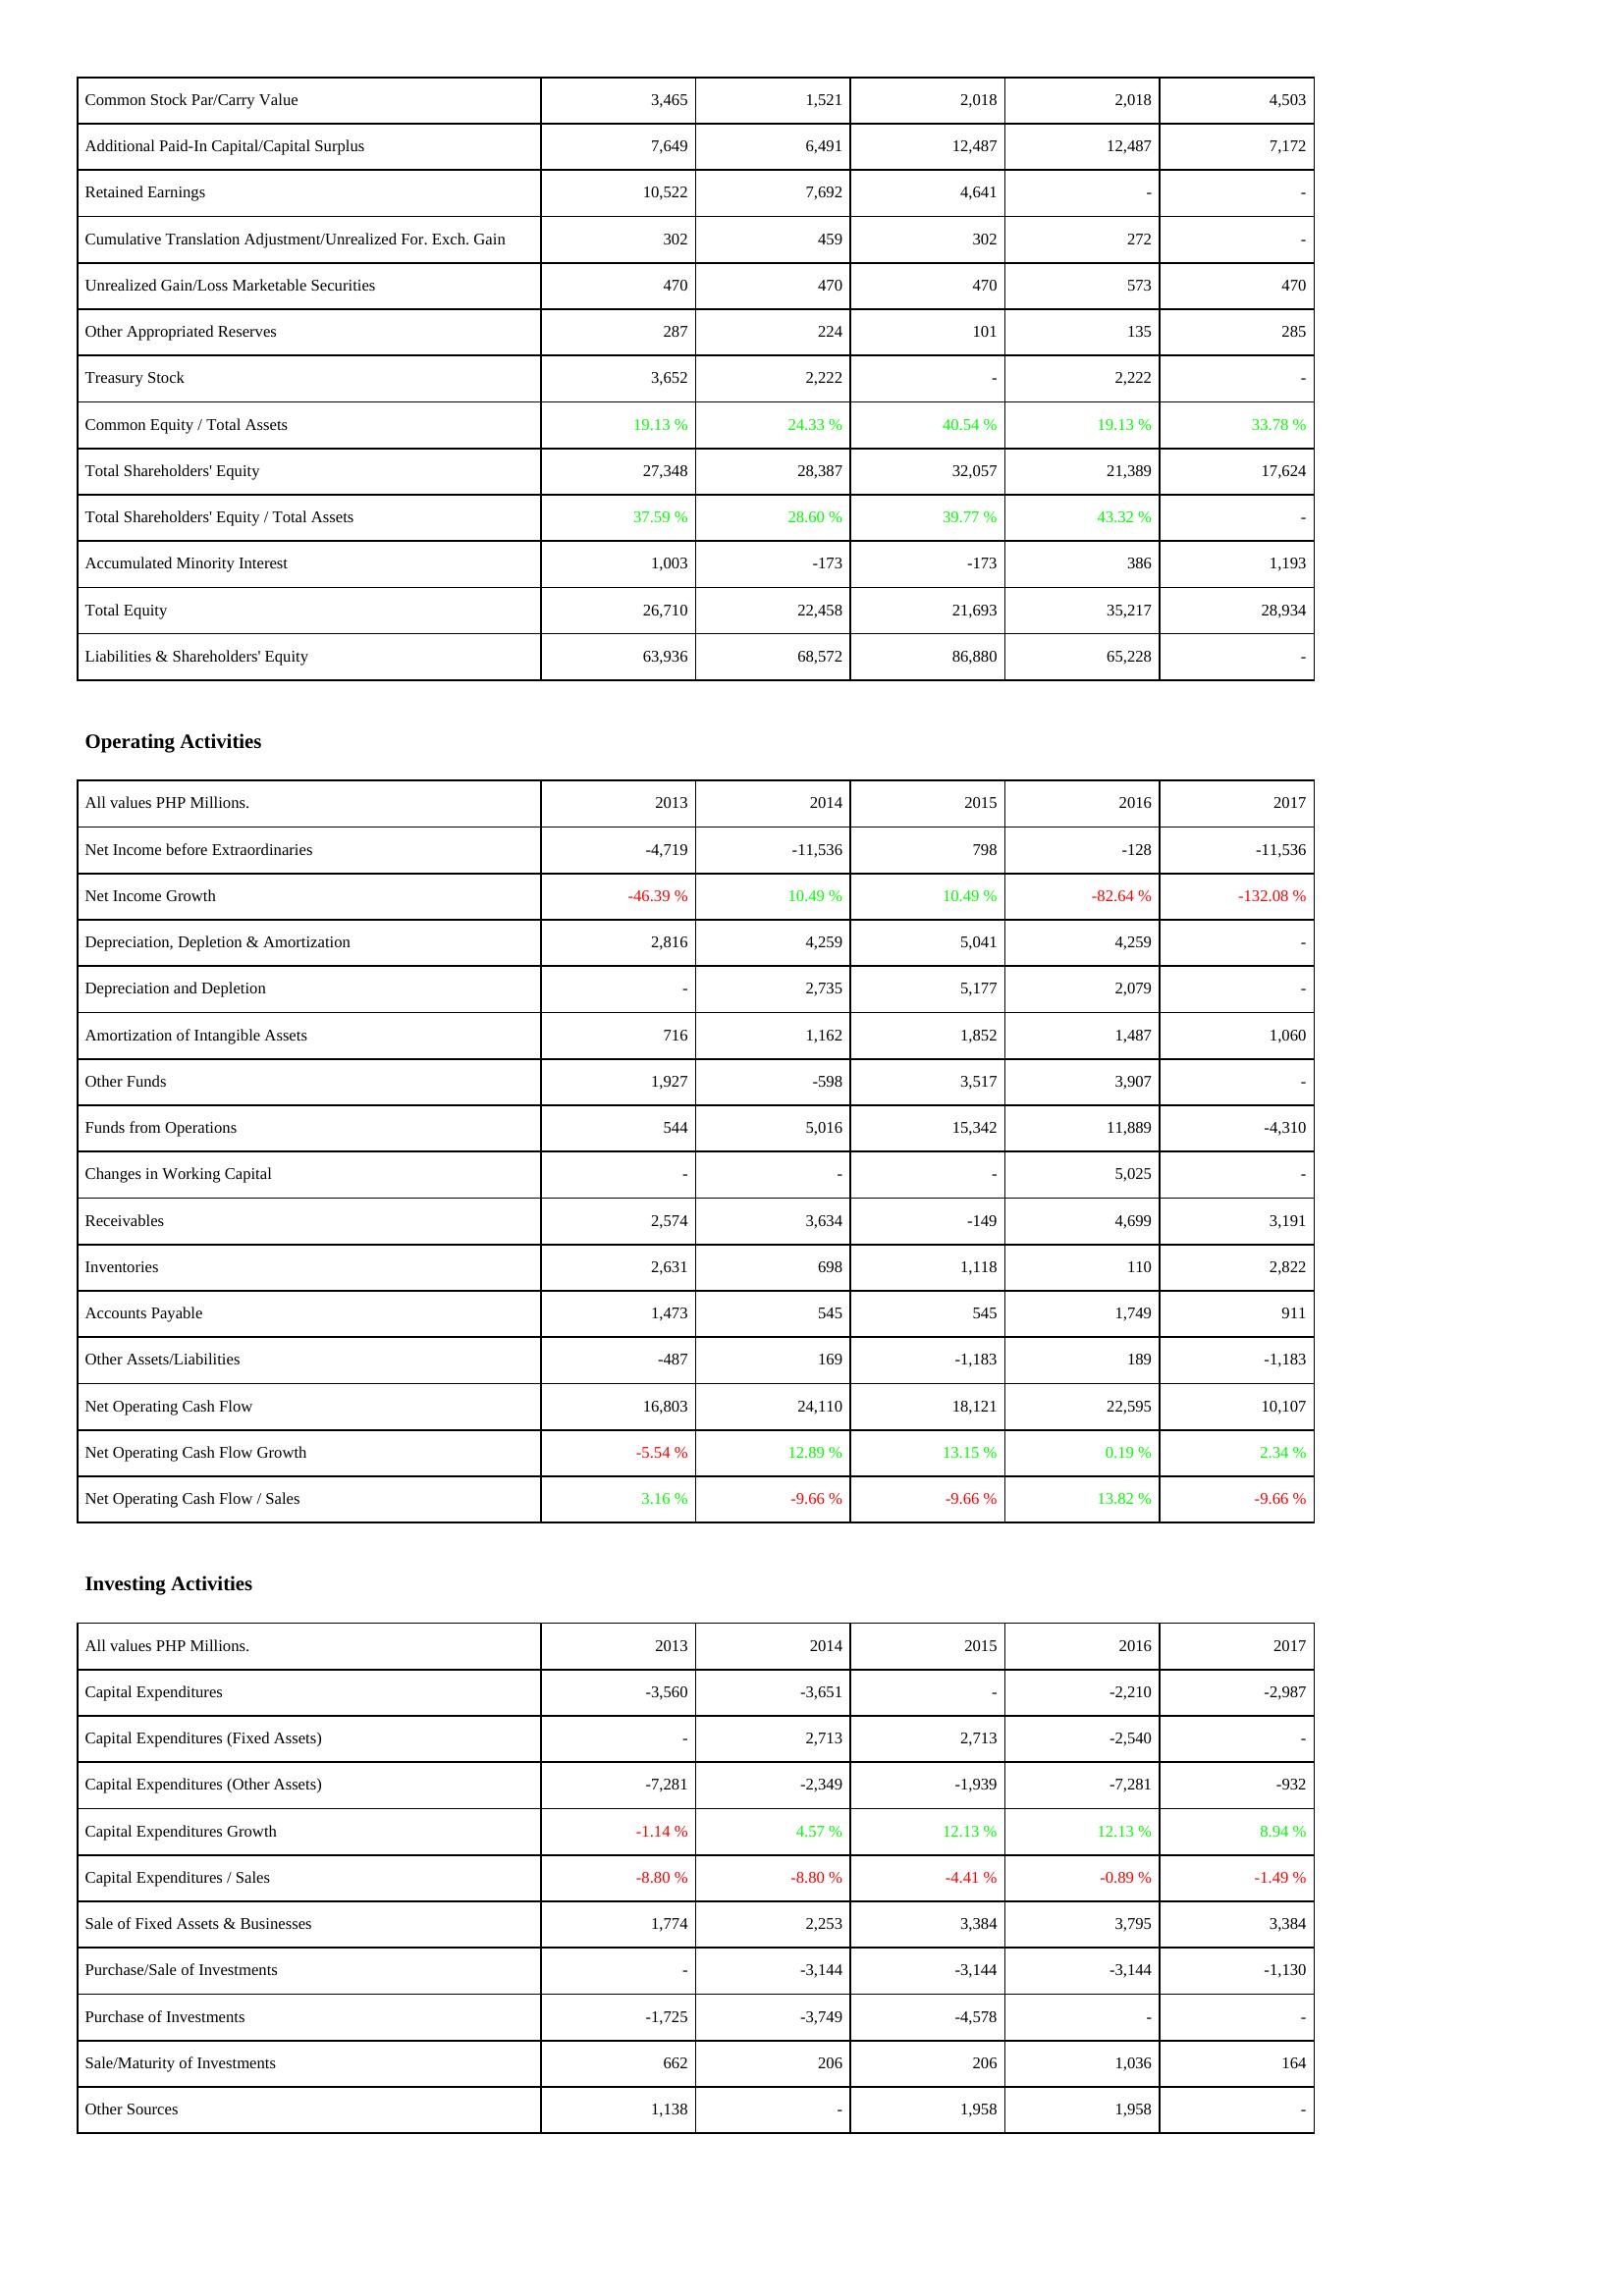
2013: Liabilities & Shareholders' Equity: Common Stock Par/Carry Value: 3,465
Additional Paid-In Capital/Capital Surplus: 7,649
Retained Earnings: 10,522
Cumulative Translation Adjustment/Unrealized For. Exch. Gain: 302
Unrealized Gain/Loss Marketable Securities: 470
Other Appropriated Reserves: 287
Treasury Stock: 3,652
Common Equity / Total Assets: 19.13 %
Total Shareholders' Equity: 27,348
Total Shareholders' Equity / Total Assets: 37.59 %
Accumulated Minority Interest: 1,003
Total Equity: 26,710
Liabilities & Shareholders' Equity: 63,936
Operating Activities: Net Income before Extraordinaries: -4,719
Net Income Growth: -46.39 %
Depreciation, Depletion & Amortization: 2,816
Depreciation and Depletion: -
Amortization of Intangible Assets: 716
Other Funds: 1,927
Funds from Operations: 544
Changes in Working Capital: -
Receivables: 2,574
Inventories: 2,631
Accounts Payable: 1,473
Other Assets/Liabilities: -487
Net Operating Cash Flow: 16,803
Net Operating Cash Flow Growth: -5.54 %
Net Operating Cash Flow / Sales: 3.16 %
Investing Activities: Capital Expenditures: -3,560
Capital Expenditures (Fixed Assets): -
Capital Expenditures (Other Assets): -7,281
Capital Expenditures Growth: -1.14 %
Capital Expenditures / Sales: -8.80 %
Sale of Fixed Assets & Businesses: 1,774
Purchase/Sale of Investments: -
Purchase of Investments: -1,725
Sale/Maturity of Investments: 662
Other Sources: 1,138
2014: Liabilities & Shareholders' Equity: Common Stock Par/Carry Value: 1,521
Additional Paid-In Capital/Capital Surplus: 6,491
Retained Earnings: 7,692
Cumulative Translation Adjustment/Unrealized For. Exch. Gain: 459
Unrealized Gain/Loss Marketable Securities: 470
Other Appropriated Reserves: 224
Treasury Stock: 2,222
Common Equity / Total Assets: 24.33 %
Total Shareholders' Equity: 28,387
Total Shareholders' Equity / Total Assets: 28.60 %
Accumulated Minority Interest: -173
Total Equity: 22,458
Liabilities & Shareholders' Equity: 68,572
Operating Activities: Net Income before Extraordinaries: -11,536
Net Income Growth: 10.49 %
Depreciation, Depletion & Amortization: 4,259
Depreciation and Depletion: 2,735
Amortization of Intangible Assets: 1,162
Other Funds: -598
Funds from Operations: 5,016
Changes in Working Capital: -
Receivables: 3,634
Inventories: 698
Accounts Payable: 545
Other Assets/Liabilities: 169
Net Operating Cash Flow: 24,110
Net Operating Cash Flow Growth: 12.89 %
Net Operating Cash Flow / Sales: -9.66 %
Investing Activities: Capital Expenditures: -3,651
Capital Expenditures (Fixed Assets): 2,713
Capital Expenditures (Other Assets): -2,349
Capital Expenditures Growth: 4.57 %
Capital Expenditures / Sales: -8.80 %
Sale of Fixed Assets & Businesses: 2,253
Purchase/Sale of Investments: -3,144
Purchase of Investments: -3,749
Sale/Maturity of Investments: 206
Other Sources: -
2015: Liabilities & Shareholders' Equity: Common Stock Par/Carry Value: 2,018
Additional Paid-In Capital/Capital Surplus: 12,487
Retained Earnings: 4,641
Cumulative Translation Adjustment/Unrealized For. Exch. Gain: 302
Unrealized Gain/Loss Marketable Securities: 470
Other Appropriated Reserves: 101
Treasury Stock: -
Common Equity / Total Assets: 40.54 %
Total Shareholders' Equity: 32,057
Total Shareholders' Equity / Total Assets: 39.77 %
Accumulated Minority Interest: -173
Total Equity: 21,693
Liabilities & Shareholders' Equity: 86,880
Operating Activities: Net Income before Extraordinaries: 798
Net Income Growth: 10.49 %
Depreciation, Depletion & Amortization: 5,041
Depreciation and Depletion: 5,177
Amortization of Intangible Assets: 1,852
Other Funds: 3,517
Funds from Operations: 15,342
Changes in Working Capital: -
Receivables: -149
Inventories: 1,118
Accounts Payable: 545
Other Assets/Liabilities: -1,183
Net Operating Cash Flow: 18,121
Net Operating Cash Flow Growth: 13.15 %
Net Operating Cash Flow / Sales: -9.66 %
Investing Activities: Capital Expenditures: -
Capital Expenditures (Fixed Assets): 2,713
Capital Expenditures (Other Assets): -1,939
Capital Expenditures Growth: 12.13 %
Capital Expenditures / Sales: -4.41 %
Sale of Fixed Assets & Businesses: 3,384
Purchase/Sale of Investments: -3,144
Purchase of Investments: -4,578
Sale/Maturity of Investments: 206
Other Sources: 1,958
2016: Liabilities & Shareholders' Equity: Common Stock Par/Carry Value: 2,018
Additional Paid-In Capital/Capital Surplus: 12,487
Retained Earnings: -
Cumulative Translation Adjustment/Unrealized For. Exch. Gain: 272
Unrealized Gain/Loss Marketable Securities: 573
Other Appropriated Reserves: 135
Treasury Stock: 2,222
Common Equity / Total Assets: 19.13 %
Total Shareholders' Equity: 21,389
Total Shareholders' Equity / Total Assets: 43.32 %
Accumulated Minority Interest: 386
Total Equity: 35,217
Liabilities & Shareholders' Equity: 65,228
Operating Activities: Net Income before Extraordinaries: -128
Net Income Growth: -82.64 %
Depreciation, Depletion & Amortization: 4,259
Depreciation and Depletion: 2,079
Amortization of Intangible Assets: 1,487
Other Funds: 3,907
Funds from Operations: 11,889
Changes in Working Capital: 5,025
Receivables: 4,699
Inventories: 110
Accounts Payable: 1,749
Other Assets/Liabilities: 189
Net Operating Cash Flow: 22,595
Net Operating Cash Flow Growth: 0.19 %
Net Operating Cash Flow / Sales: 13.82 %
Investing Activities: Capital Expenditures: -2,210
Capital Expenditures (Fixed Assets): -2,540
Capital Expenditures (Other Assets): -7,281
Capital Expenditures Growth: 12.13 %
Capital Expenditures / Sales: -0.89 %
Sale of Fixed Assets & Businesses: 3,795
Purchase/Sale of Investments: -3,144
Purchase of Investments: -
Sale/Maturity of Investments: 1,036
Other Sources: 1,958
2017: Liabilities & Shareholders' Equity: Common Stock Par/Carry Value: 4,503
Additional Paid-In Capital/Capital Surplus: 7,172
Retained Earnings: -
Cumulative Translation Adjustment/Unrealized For. Exch. Gain: -
Unrealized Gain/Loss Marketable Securities: 470
Other Appropriated Reserves: 285
Treasury Stock: -
Common Equity / Total Assets: 33.78 %
Total Shareholders' Equity: 17,624
Total Shareholders' Equity / Total Assets: -
Accumulated Minority Interest: 1,193
Total Equity: 28,934
Liabilities & Shareholders' Equity: -
Operating Activities: Net Income before Extraordinaries: -11,536
Net Income Growth: -132.08 %
Depreciation, Depletion & Amortization: -
Depreciation and Depletion: -
Amortization of Intangible Assets: 1,060
Other Funds: -
Funds from Operations: -4,310
Changes in Working Capital: -
Receivables: 3,191
Inventories: 2,822
Accounts Payable: 911
Other Assets/Liabilities: -1,183
Net Operating Cash Flow: 10,107
Net Operating Cash Flow Growth: 2.34 %
Net Operating Cash Flow / Sales: -9.66 %
Investing Activities: Capital Expenditures: -2,987
Capital Expenditures (Fixed Assets): -
Capital Expenditures (Other Assets): -932
Capital Expenditures Growth: 8.94 %
Capital Expenditures / Sales: -1.49 %
Sale of Fixed Assets & Businesses: 3,384
Purchase/Sale of Investments: -1,130
Purchase of Investments: -
Sale/Maturity of Investments: 164
Other Sources: -